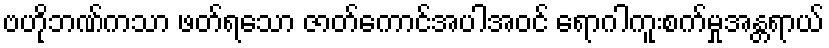
ဗဟိုဘဏ်ကသာ ဖတ်ရသော ဇာတ်ကောင်အပါအဝင် ရောဂါကူးစက်မှုအန္တရာယ်